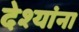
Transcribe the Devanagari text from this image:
देश्यांना